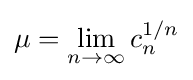
\mu =\lim _{n\rightarrow \infty }c_{n}^{1/n}